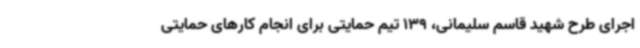
اجرای طرح شهید قاسم سلیمانی، 139 تیم حمایتی برای انجام کارهای حمایتی